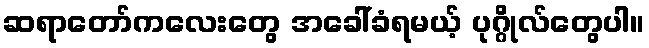
ဆရာတော်ကလေးတွေ အခေါ်ခံရမယ့် ပုဂ္ဂိုလ်တွေပါ။